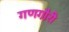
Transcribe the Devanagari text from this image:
गणगौरी